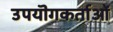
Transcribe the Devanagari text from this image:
उपयॊगकर्ताओं